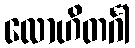
လောဟိတင်္ဂါ